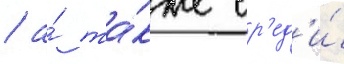
/ а́ та́кже ср'ед'и́